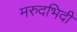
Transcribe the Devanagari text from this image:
मरुदभिदी